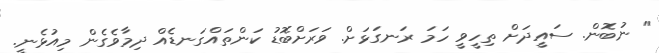
" ނުބޮން. ސައީދަށް ތިހީވީ ހަމަ ރަނގަޅަށް. ވަރަށްބޮޑު ކަންތައްގަނޑެއް ދިމާވެގެން މިއުޅެނީ.